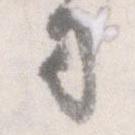
司